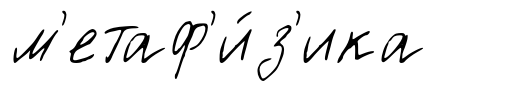
м'етаф'и́з'ика